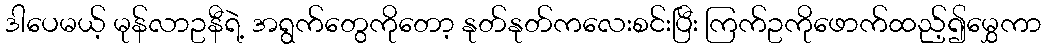
ဒါပေမယ့် မုန်လာဥနီရဲ့ အရွက်တွေကိုတော့ နုတ်နုတ်ကလေးစင်းပြီး ကြက်ဥကိုဖောက်ထည့်၍မွှေကာ